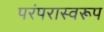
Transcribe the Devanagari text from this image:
परंपरास्वरूप